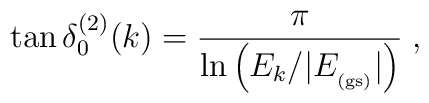
\tan\delta^{(2)}_{0}(k)=\frac{\pi}{\ln \left( E_{k}/|E_{_{\rm (gs)}}| \right) }\;  ,